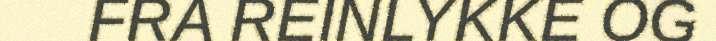
FRA REINLYKKE OG